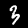
Digit: 3